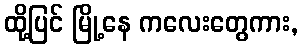
ထို့ပြင် မြို့နေ ကလေးတွေကား,